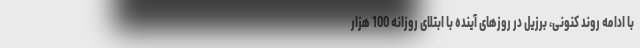
با ادامه روند کنونی، برزیل در روزهای آینده با ابتلای روزانه 100 هزار